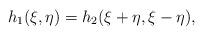
LaTeX: \begin{align*}h_1(\xi,\eta) = h_2(\xi+\eta,\xi-\eta),\end{align*}